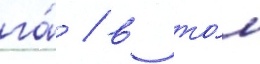
га́ / в то́м